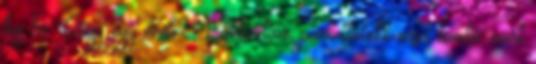
lóg be. Vagy egy virsli? Lakkoztam, parkettalakk-ecset kombó, mert